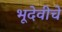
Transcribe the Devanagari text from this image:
भूदेवीचे